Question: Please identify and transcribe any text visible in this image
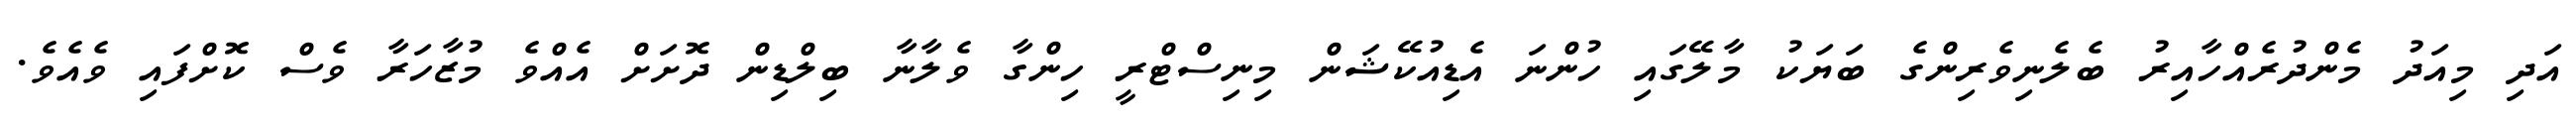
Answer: އަދި މިއަދު މެންދުރެއްހާއިރު ބެލެނިވެރިންގެ ބަޔަކު މާލޭގައި ހުންނަ އެޑިއުކޭޝަން މިނިސްޓްރީ ހިންގާ ވެލާނާ ބިލްޑިން ދޮށަށް އެއްވެ މުޒާހަރާ ވެސް ކޮށްފައި ވެއެވެ.